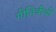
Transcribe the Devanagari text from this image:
गीतिवीथी